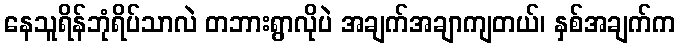
နေသူရိန်ဘုံရိပ်သာလဲ တဘားရွာလိုပဲ အချက်အချာကျတယ်၊ နှစ်အချက်က